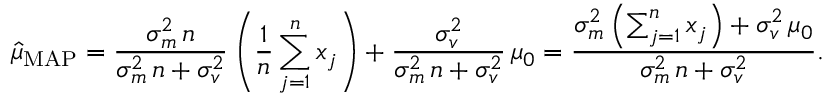
{ \hat { \mu } } _ { \mathrm { M A P } } = { \frac { \sigma _ { m } ^ { 2 } \, n } { \sigma _ { m } ^ { 2 } \, n + \sigma _ { v } ^ { 2 } } } \left( { \frac { 1 } { n } } \sum _ { j = 1 } ^ { n } x _ { j } \right) + { \frac { \sigma _ { v } ^ { 2 } } { \sigma _ { m } ^ { 2 } \, n + \sigma _ { v } ^ { 2 } } } \, \mu _ { 0 } = { \frac { \sigma _ { m } ^ { 2 } \left( \sum _ { j = 1 } ^ { n } x _ { j } \right) + \sigma _ { v } ^ { 2 } \, \mu _ { 0 } } { \sigma _ { m } ^ { 2 } \, n + \sigma _ { v } ^ { 2 } } } .